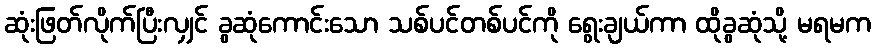
ဆုံးဖြတ်လိုက်ပြီးလျှင် ခွဆုံကောင်းသော သစ်ပင်တစ်ပင်ကို ရွေးချယ်ကာ ထိုခွဆုံသို့ မရမက